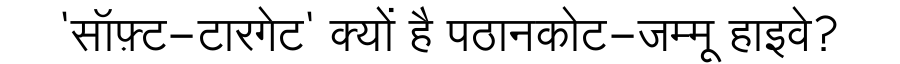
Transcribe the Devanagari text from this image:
'सॉफ़्ट-टारगेट' क्यों है पठानकोट-जम्मू हाइवे?